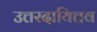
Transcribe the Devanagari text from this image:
उत्तरदायित्तव